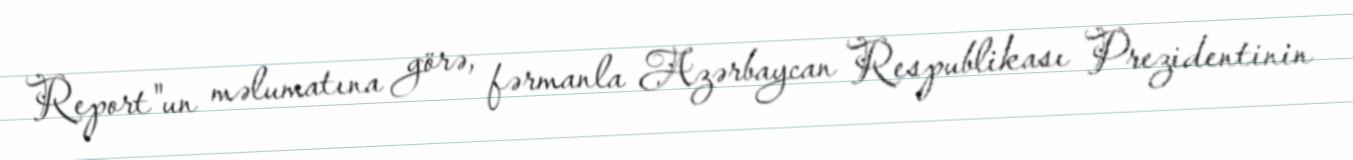
Report"un məlumatına görə, fərmanla Azərbaycan Respublikası Prezidentinin